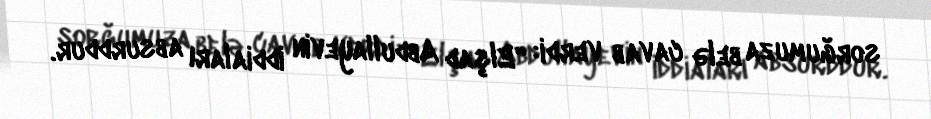
sorğumuza belə cavab verdi: “Elşad Abdullayevin iddiaları absurddur.